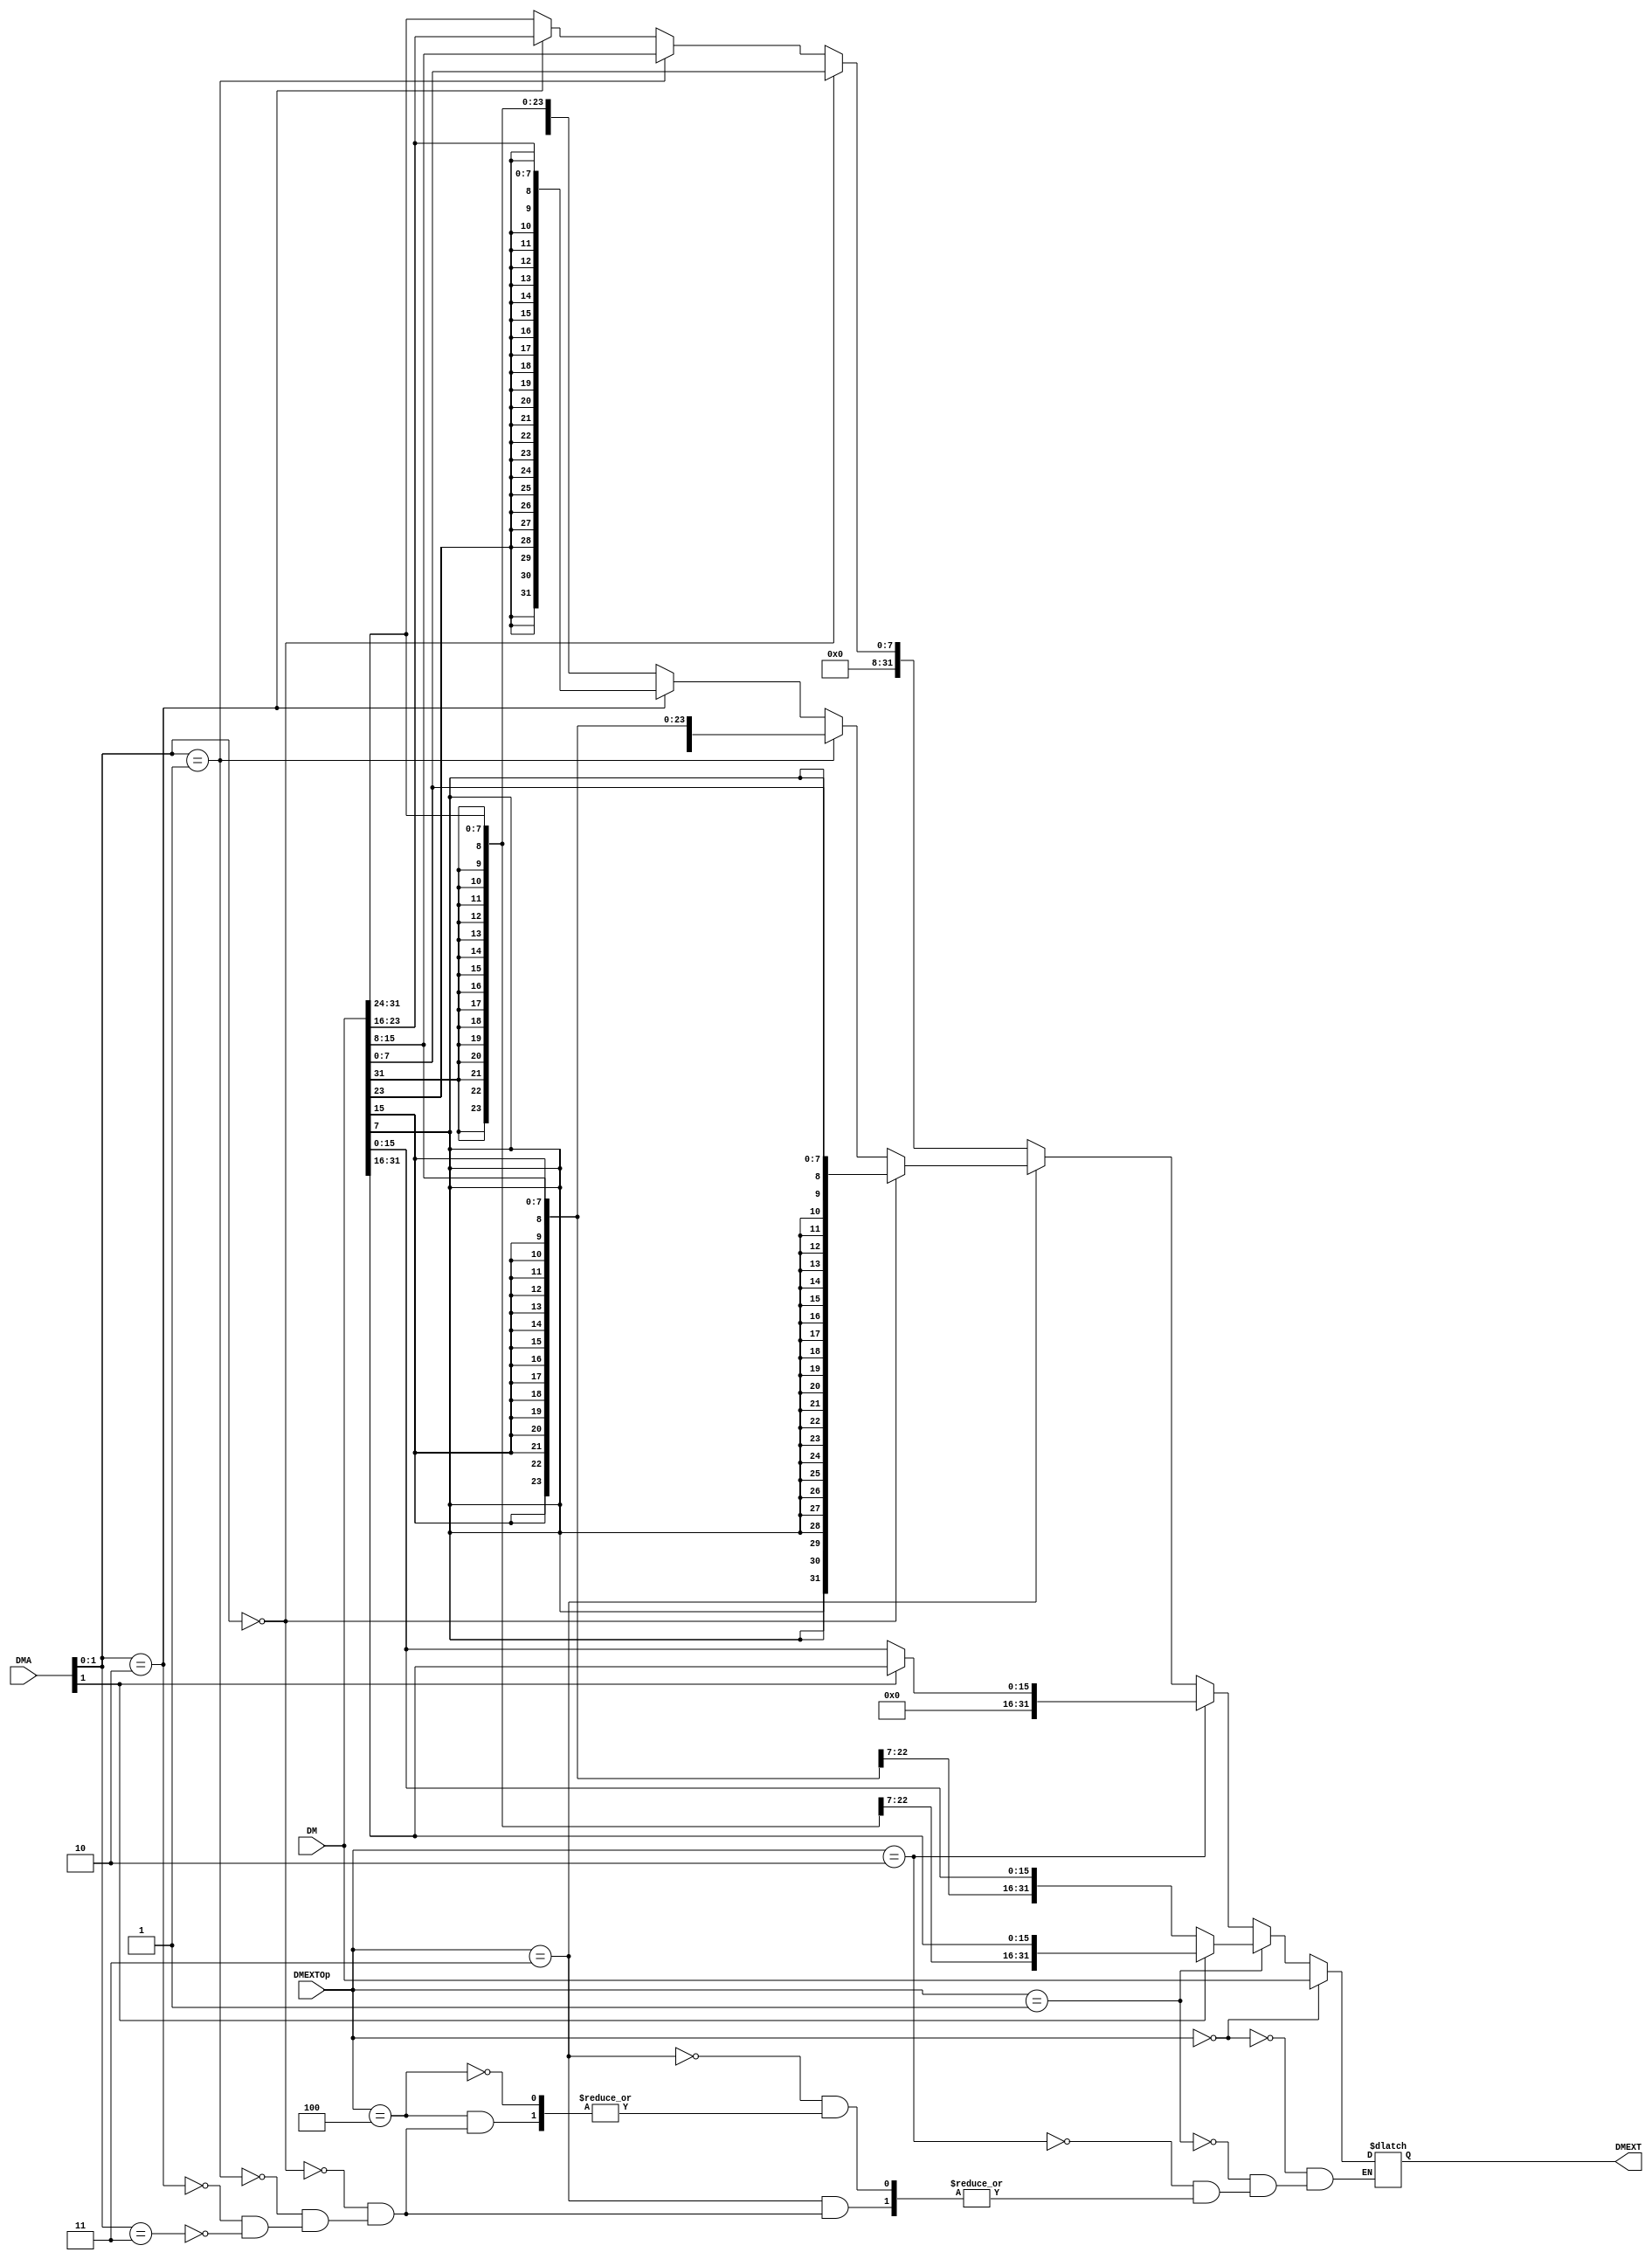
`timescale 1ns / 1ps
//////////////////////////////////////////////////////////////////////////////////
// Company: 
// Engineer: 
// 
// Design Name: 
// Module Name:    DMEXT 
// Project Name: 
// Target Devices: 
// Tool versions: 
// Description: 
//
// Dependencies: 
//
// Revision: 
// Revision 0.01 - File Created
// Additional Comments: 
//
//////////////////////////////////////////////////////////////////////////////////
module DMEXT(
    input [31:0] DM,
    input [31:0] DMA,
    input [2:0] DMEXTOp,
    output reg [31:0] DMEXT
    );

	always @( * ) begin
		if (DMEXTOp==3'b000) begin
			DMEXT <= DM;
		end
		
		else if (DMEXTOp==3'b001) begin
			if (DMA[1]==1'b1) begin
				DMEXT <= {{16{DM[31]}},DM[31:16]};
			end
			else if (DMA[1]==1'b0) begin
				DMEXT <= {{16{DM[15]}},DM[15:0]};
			end
		end
		
		else if (DMEXTOp==3'b010) begin
			if (DMA[1]==1'b1) begin
				DMEXT <= {16'h0000,DM[31:16]};
			end
			else if (DMA[1]==1'b0) begin
				DMEXT <= {16'h0000,DM[15:0]};
			end
		end
		
		else if (DMEXTOp==3'b011) begin
			if (DMA[1:0]==2'b00) begin
				DMEXT <= {{24{DM[7]}},DM[7:0]};
			end
			else if (DMA[1:0]==2'b01) begin
				DMEXT <= {{24{DM[15]}},DM[15:8]};
			end
			else if (DMA[1:0]==2'b10) begin
				DMEXT <= {{24{DM[23]}},DM[23:16]};
			end
			else if (DMA[1:0]==2'b11) begin
				DMEXT <= {{24{DM[31]}},DM[31:24]};
			end
		end
		
		else if (DMEXTOp==3'b100) begin
			if (DMA[1:0]==2'b00) begin
				DMEXT <= {24'h000000,DM[7:0]};
			end
			else if (DMA[1:0]==2'b01) begin
				DMEXT <= {24'h000000,DM[15:8]};
			end
			else if (DMA[1:0]==2'b10) begin
				DMEXT <= {24'h000000,DM[23:16]};
			end
			else if (DMA[1:0]==2'b11) begin
				DMEXT <= {24'h000000,DM[31:24]};
			end
		end
	end

endmodule